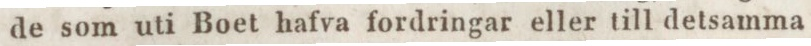
de som uti Boet hafva fordringar eller till detsamma